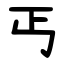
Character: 丐